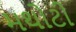
મથોટી